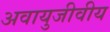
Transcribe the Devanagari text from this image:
अवायुजीवीय